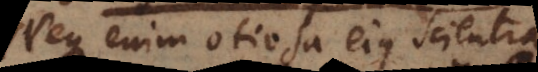
Neque enim otiosa ejus scientia